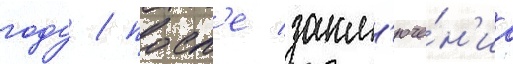
году / посл'е закл'юче́н'иа